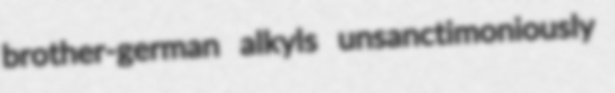
brother-german alkyls unsanctimoniously